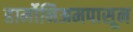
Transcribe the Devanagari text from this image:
हार्मोनिअमपासून